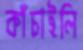
কাঁচাইলি